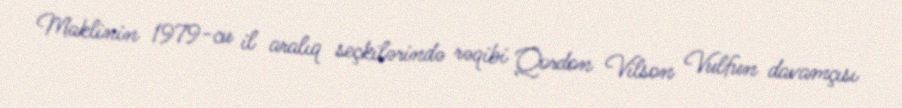
Maklinin 1979-cu il aralıq seçkilərində rəqibi Qordon Vilson Vulfun davamçısı